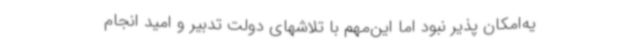
یه‌امکان پذیر نبود اما این‌مهم با تلاشهای دولت تدبیر و امید انجام